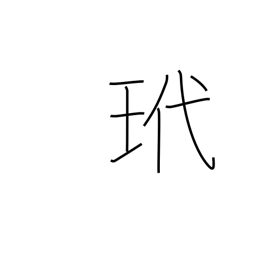
Meaning: tortoise shell